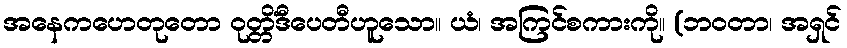
အနေကဟေတုတော ဝုတ္တိံဒီပေတီဟူသော။ ယံ၊ အကြင်စကားကို။ (ဘဝတာ၊ အရှင်